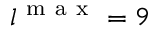
l ^ { \mathrm { ~ m ~ a ~ x ~ } } = 9